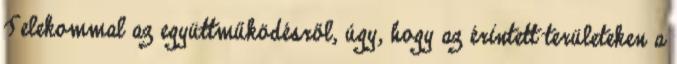
Telekommal az együttműködésről, úgy, hogy az érintett területeken a